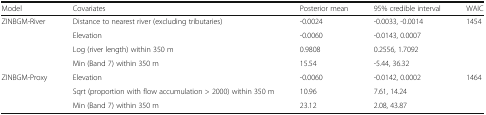
<table><thead><tr><td><b>Model</b></td><td><b>Covariates</b></td><td><b>Posterior mean</b></td><td><b>95% credible interval</b></td><td><b>WAIC</b></td></tr></thead><tbody><tr><td rowspan="4">ZINBGM-River</td><td>Distance to nearest river (excluding tributaries)</td><td>-0.0024</td><td>-0.0033, -0.0014</td><td>1454</td></tr><tr><td>Elevation</td><td>-0.0060</td><td>-0.0143, 0.0007</td><td></td></tr><tr><td>Log (river length) within 350 m</td><td>0.9808</td><td>0.2556, 1.7092</td><td></td></tr><tr><td>Min (Band 7) within 350 m</td><td>15.54</td><td>-5.44, 36.32</td><td></td></tr><tr><td rowspan="3">ZINBGM-Proxy</td><td>Elevation</td><td>-0.0060</td><td>-0.0142, 0.0002</td><td>1464</td></tr><tr><td>Sqrt (proportion with flow accumulation &gt; 2000) within 350 m</td><td>10.96</td><td>7.61, 14.24</td><td></td></tr><tr><td>Min (Band 7) within 350 m</td><td>23.12</td><td>2.08, 43.87</td><td></td></tr></tbody></table>